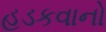
હડકવાનો